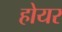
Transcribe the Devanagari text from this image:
होयर